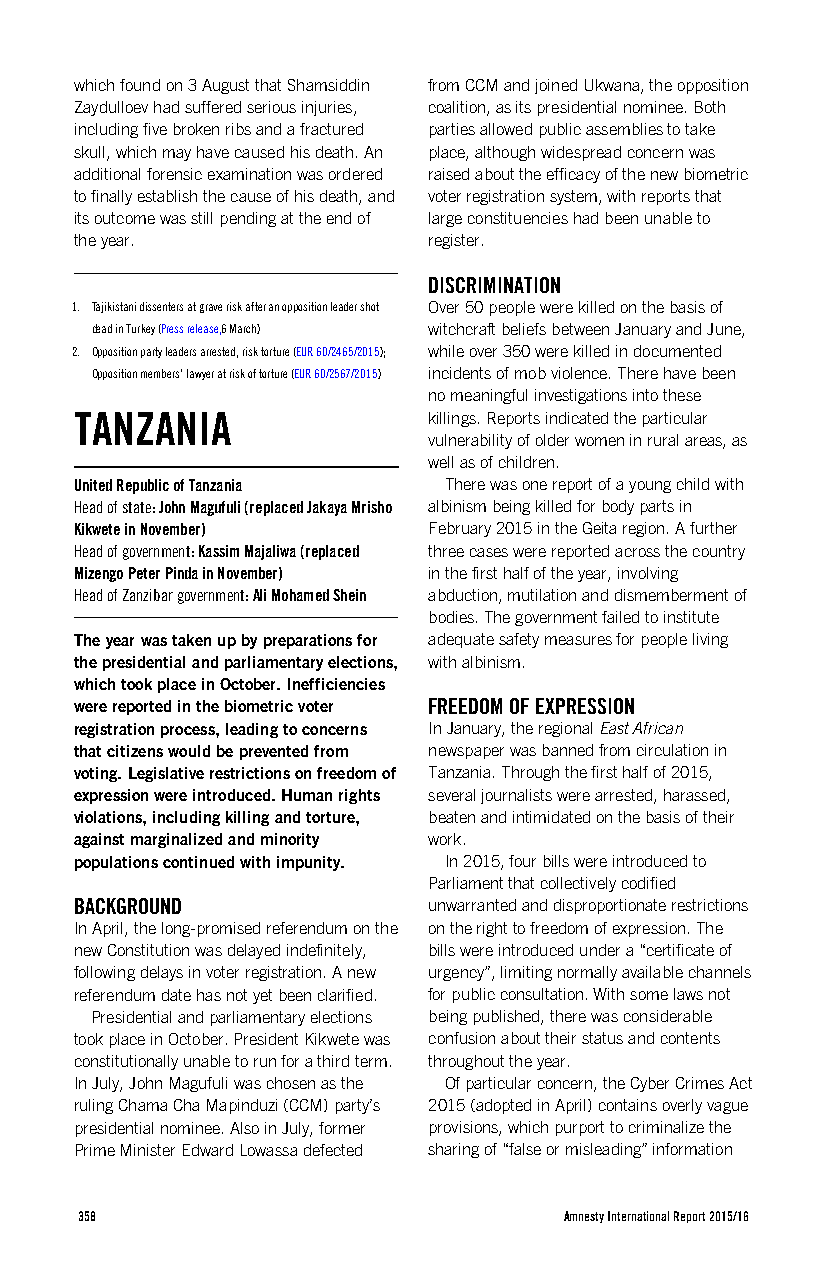
which found on 3 August that Shamsiddin from CCM and joined Ukwana, the opposition
 Zaydulloev had suffered serious injuries, coalition, as its presidential nominee. Both
 including five broken ribs and a fractured parties allowed public assemblies to take
 skull, which may have caused his death. An place, although widespread concern was
 additional forensic examination was ordered raised about the efficacy of the new biometric
 to finally establish the cause of his death, and voter registration system, with reports that
 its outcome was still pending at the end of large constituencies had been unable to
 the year.              register.
 DISCRIMINATION
 1. Tajikistani dissenters at grave risk after an opposition leader shot Over 50 people were killed on the basis of
 dead in Turkey (Press release,6 March) witchcraft beliefs between January and June,
 2. Opposition party leaders arrested, risk torture (EUR 60/2465/2015); while over 350 were killed in documented
 Opposition members’ lawyer at risk of torture (EUR 60/2567/2015) incidents of mob violence. There have been
 no meaningful investigations into these
 TANZANIA               killings. Reports indicated the particular
 vulnerability of older women in rural areas, as
 well as of children.
 United Republic of Tanzania There was one report of a young child with
 Head of state: John Magufuli (replaced Jakaya Mrisho albinism being killed for body parts in
 Kikwete in November)   February 2015 in the Geita region. A further
 Head of government: Kassim Majaliwa (replaced three cases were reported across the country
 Mizengo Peter Pinda in November) in the first half of the year, involving
 Head of Zanzibar government: Ali Mohamed Shein abduction, mutilation and dismemberment of
 bodies. The government failed to institute
 The year was taken up by preparations for adequate safety measures for people living
 the presidential and parliamentary elections, with albinism.
 which took place in October. Inefficiencies
 were reported in the biometric voter FREEDOM OF EXPRESSION
 registration process, leading to concerns In January, the regional East African
 that citizens would be prevented from newspaper was banned from circulation in
 voting. Legislative restrictions on freedom of Tanzania. Through the first half of 2015,
 expression were introduced. Human rights several journalists were arrested, harassed,
 violations, including killing and torture, beaten and intimidated on the basis of their
 against marginalized and minority work.
 populations continued with impunity. In 2015, four bills were introduced to
 Parliament that collectively codified
 BACKGROUND             unwarranted and disproportionate restrictions
 In April, the long-promised referendum on the on the right to freedom of expression. The
 new Constitution was delayed indefinitely, bills were introduced under a “certificate of
 following delays in voter registration. A new urgency”, limiting normally available channels
 referendum date has not yet been clarified. for public consultation. With some laws not
 Presidential and parliamentary elections being published, there was considerable
 took place in October. President Kikwete was confusion about their status and contents
 constitutionally unable to run for a third term. throughout the year.
 In July, John Magufuli was chosen as the Of particular concern, the Cyber Crimes Act
 ruling Chama Cha Mapinduzi (CCM) party’s 2015 (adopted in April) contains overly vague
 presidential nominee. Also in July, former provisions, which purport to criminalize the
 Prime Minister Edward Lowassa defected sharing of “false or misleading” information
 358                             Amnesty International Report 2015/16